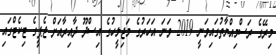
މިރޭގެ ރަސްމިއްޔާތުގައިވަނީ 2019 ވަނަ އަހަރުގެ މަޖިލީހުގެ އިސްދޫ ދާއިރާއަށް ޖެޕީގެ ޓިކެޓްގައި